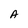
Character: A